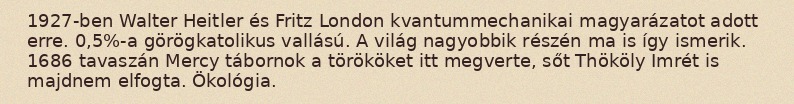
1927-ben Walter Heitler és Fritz London kvantummechanikai magyarázatot adott erre. 0,5%-a görögkatolikus vallású. A világ nagyobbik részén ma is így ismerik. 1686 tavaszán Mercy tábornok a törököket itt megverte, sőt Thököly Imrét is majdnem elfogta. Ökológia.